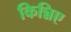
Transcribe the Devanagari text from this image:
किन्निए